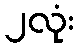
၂လုံး